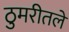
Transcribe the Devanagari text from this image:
ठुमरीतले